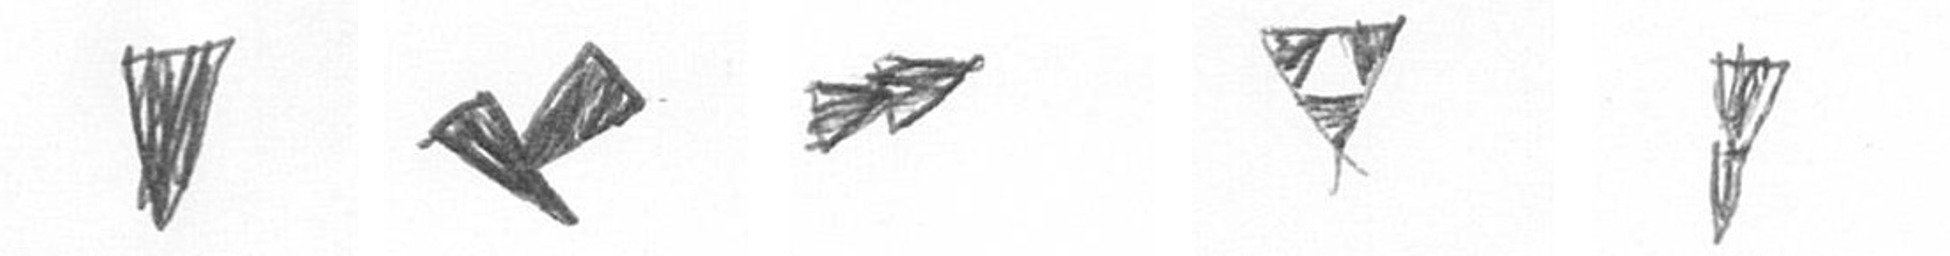
J F A S Z